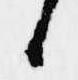
候